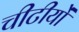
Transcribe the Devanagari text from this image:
चीटीयों